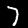
Digit: 7